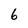
Character: 6